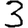
Digit: 3